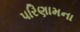
પરિણામના